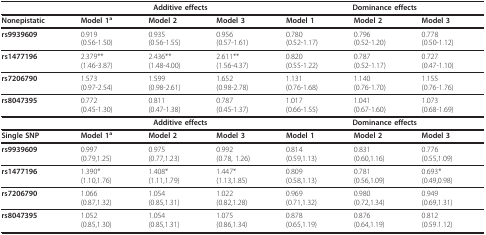
<table><thead><tr><td></td><td colspan="3"><b>Additive effects</b></td><td colspan="3"><b>Dominance effects</b></td></tr></thead><tbody><tr><td><b>Nonepistatic</b></td><td><b>Model 1</b><sup><b>a</b></sup></td><td><b>Model 2</b></td><td><b>Model 3</b></td><td><b>Model 1</b></td><td><b>Model 2</b></td><td><b>Model 3</b></td></tr><tr><td><b>rs9939609</b></td><td>0.919(0.56-1.50)</td><td>0.935(0.56-1.55)</td><td>0.956(0.57-1.61)</td><td>0.780(0.52-1.17)</td><td>0.796(0.52-1.20)</td><td>0.778(0.50-1.12)</td></tr><tr><td><b>rs1477196</b></td><td>2.379**(1.46-3.87)</td><td>2.436**(1.48-4.00)</td><td>2.611**(1.56-4.37)</td><td>0.820(0.55-1.22)</td><td>0.787(0.52-1.17)</td><td>0.727(0.47-1.10)</td></tr><tr><td><b>rs7206790</b></td><td>1.573(0.97-2.54)</td><td>1.599(0.98-2.61)</td><td>1.652(0.98-2.78)</td><td>1.131(0.76-1.68)</td><td>1.140(0.76-1.70)</td><td>1.155(0.76-1.76)</td></tr><tr><td><b>rs8047395</b></td><td>0.772(0.45-1.30)</td><td>0.811(0.47-1.38)</td><td>0.787(0.45-1.37)</td><td>1.017(0.66-1.55)</td><td>1.041(0.67-1.60)</td><td>1.073(0.68-1.69)</td></tr><tr><td></td><td colspan="3"><b>Additive effects</b></td><td colspan="3"><b>Dominance effects</b></td></tr><tr><td><b>Single SNP</b></td><td><b>Model 1</b><sup><b>a</b></sup></td><td><b>Model 2</b></td><td><b>Model 3</b></td><td><b>Model 1</b></td><td><b>Model 2</b></td><td><b>Model 3</b></td></tr><tr><td><b>rs9939609</b></td><td>0.997(0.79,1.25)</td><td>0.975(0.77,1.23)</td><td>0.992(0.78, 1.26)</td><td>0.814(0.59,1.13)</td><td>0.831(0.60,1.16)</td><td>0.776(0.55,1.09)</td></tr><tr><td><b>rs1477196</b></td><td>1.390*(1.10,1.76)</td><td>1.408*(1.11,1.79)</td><td>1.447*(1.13,1.85)</td><td>0.809(0.58,1.13)</td><td>0.781(0.56,1.09)</td><td>0.693*(0.49,0.98)</td></tr><tr><td><b>rs7206790</b></td><td>1.066(0.87,1.32)</td><td>1.054(0.85,1.31)</td><td>1.022(0.82,1.28)</td><td>0.969(0.71,1.32)</td><td>0.980(0.72,1.34)</td><td>0.949(0.69,1.31)</td></tr><tr><td><b>rs8047395</b></td><td>1.052(0.85,1.30)</td><td>1.054(0.85,1.31)</td><td>1.075(0.86,1.34)</td><td>0.878(0.65,1.19)</td><td>0.876(0.64,1.19)</td><td>0.812(0.59.1.12)</td></tr></tbody></table>